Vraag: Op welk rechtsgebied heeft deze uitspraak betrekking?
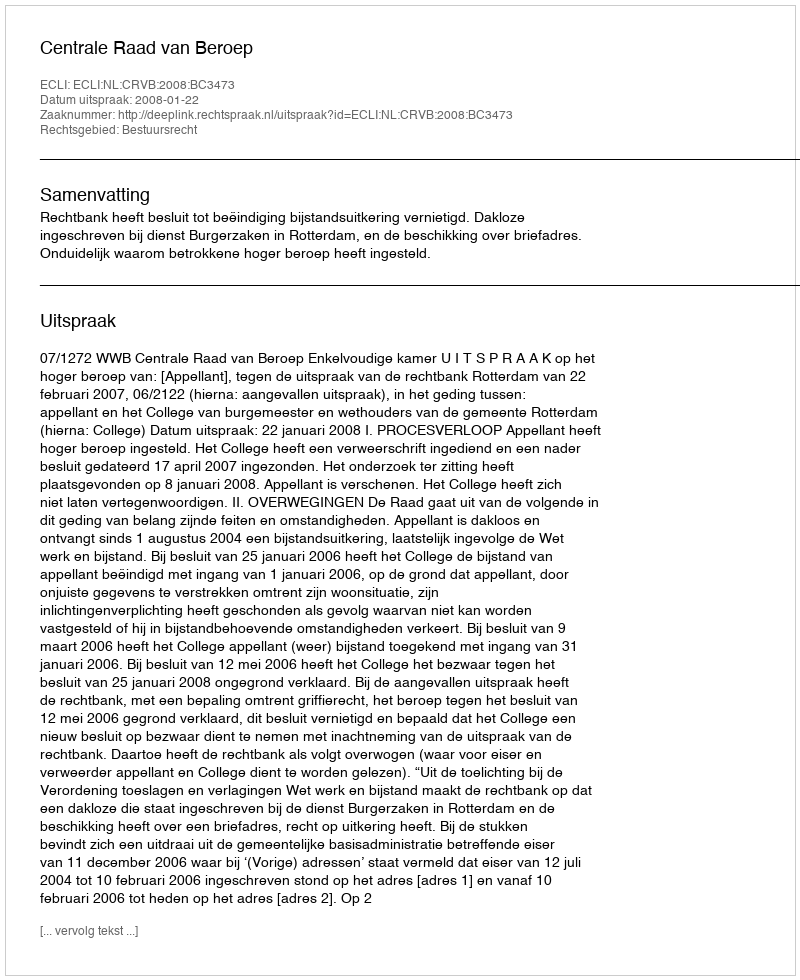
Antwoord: Bestuursrecht